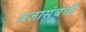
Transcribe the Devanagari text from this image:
प्रजासंबंधी